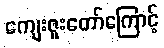
ကျေးဇူးတော်ကြောင့်